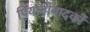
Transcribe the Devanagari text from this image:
पियानोवादकों